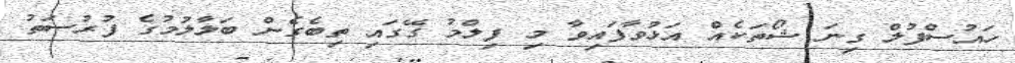
ހައުސްފުލް ގިނަ ޝޯތަކެއް އަޅުވާފައިވާ މި ފިލްމު ގޭގައި ތިބެގެން ބަލާލުމުގެ ފުރުސަތު